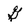
Character: G